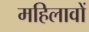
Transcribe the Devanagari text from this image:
महिलावों